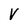
Character: V